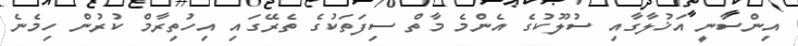
އިންސާނީ އަޚުލާގާއި ސުލޫކުގެ އެންމެ މާތް ސިފަތަކުގެ ތެރޭގައި އިހުތިރާމް ކުރުން ހިމެނެ